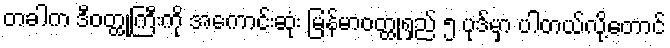
တခါက ဒီဝတ္ထုကြီးကို အကောင်းဆုံး မြန်မာဝတ္ထုရှည် ၅ ပုဒ်မှာ ပါတယ်လို့တောင်